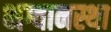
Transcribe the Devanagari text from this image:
भग्वानस्था